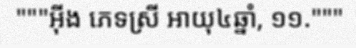
"""អ៊ីង ភេទស្រី អាយុ៤ឆ្នាំ, ១១."""